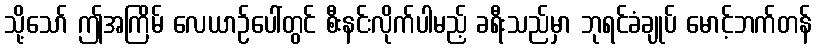
သို့သော် ဤအကြိမ် လေယာဉ်ပေါ်တွင် စီးနင်းလိုက်ပါမည့် ခရီးသည်မှာ ဘုရင်ခံချုပ် မောင့်ဘက်တန်